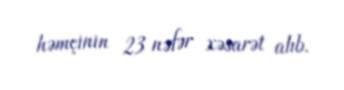
həmçinin 23 nəfər xəsarət alıb.